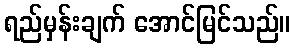
ရည်မှန်းချက် အောင်မြင်သည်။